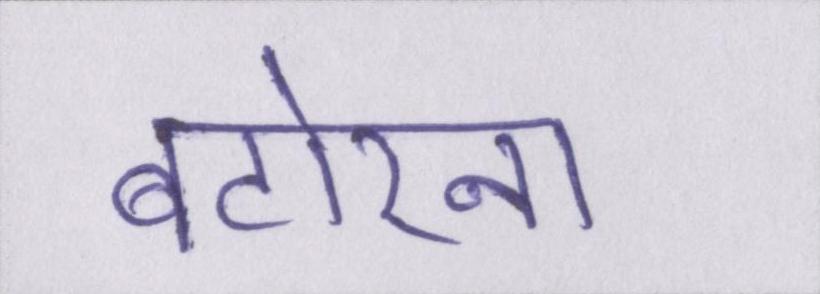
बटोरना